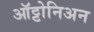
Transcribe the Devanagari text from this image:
ऑट्टोनिअन